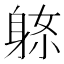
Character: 𨈼